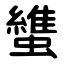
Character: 䗽